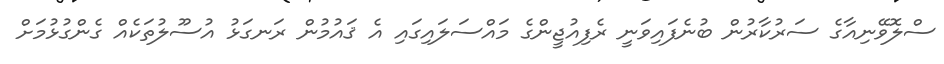
ސްލޮވޭނިއާގެ ސަރުކާރުން ބުނެފައިވަނީ ރެފިއުޖީންގެ މައްސަލައިގައި އެ ޤައުމުން ރަނގަޅު އުސޫލުތަކެއް ގެންގުޅުމަށް